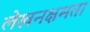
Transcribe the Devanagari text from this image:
लेखनक्षमता